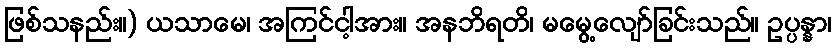
ဖြစ်သနည်း။) ယသာမေ၊ အကြင်ငါ့အား။ အနဘိရတိ၊ မမွေ့လျော်ခြင်းသည်။ ဥပ္ပန္နာ၊